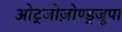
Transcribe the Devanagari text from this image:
ओट्जोज़ोण्ड्जुपा